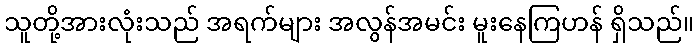
သူတို့အားလုံးသည် အရက်များ အလွန်အမင်း မူးနေကြဟန် ရှိသည်။